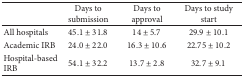
<table><thead><tr><td><b> </b></td><td><b>Days to submission</b></td><td><b>Days to approval</b></td><td><b>Days to study start</b></td></tr></thead><tbody><tr><td>All hospitals</td><td>45.1 ± 31.8</td><td>14 ± 5.7</td><td>29.9 ± 10.1</td></tr><tr><td>Academic IRB</td><td>24.0 ± 22.0</td><td>16.3 ± 10.6</td><td>22.75 ± 10.2</td></tr><tr><td>Hospital-based IRB</td><td>54.1 ± 32.2</td><td>13.7 ± 2.8</td><td>32.7 ± 9.1</td></tr></tbody></table>